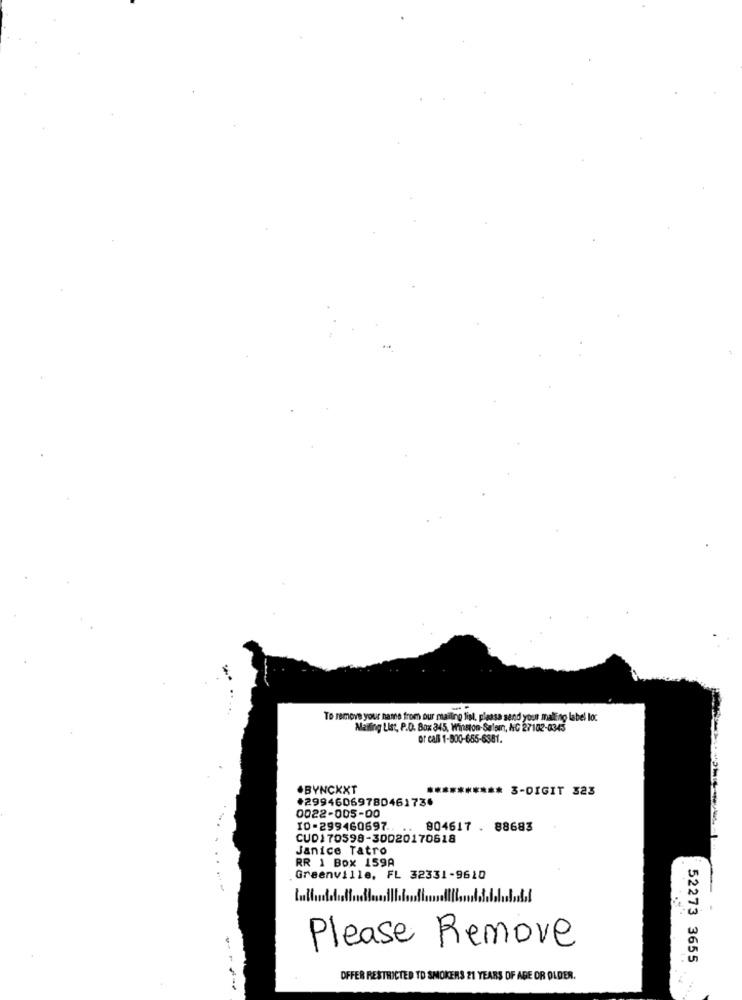
To remove your name from our mailing list. please send your mailling label loc
Mailing List, P.D. Box 345, Winston-Salemn, NC 27102-0345
or call 1-500-655-6381.
.BYNCKXT
3-DIGIT 323
+29946069780461736
0022-005-00
ID-299460697 ..
804617 . 88683
CUD170598-30020170618
Janice Tatro
RR 1 Box 159A
Greenville, FL 32331-9610
tull
--
Please Remove
52273 3655
OFFER RESTRICTED TO SMOKERS 21 YEARS OF AGE OR OLDER.